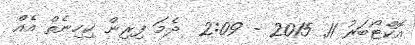
އޮކްޓޯބަރު 11